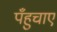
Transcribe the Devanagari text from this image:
पँहुचाए